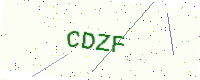
Text: CDZF